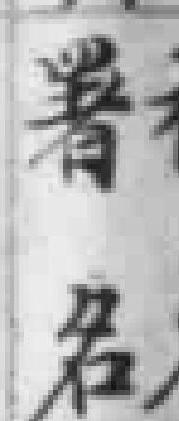
署名